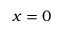
x = 0